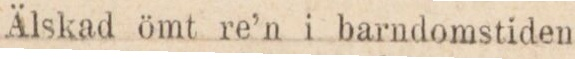
Älskad ömt re’n i barndomstiden,